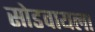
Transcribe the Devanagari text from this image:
सोडवायला